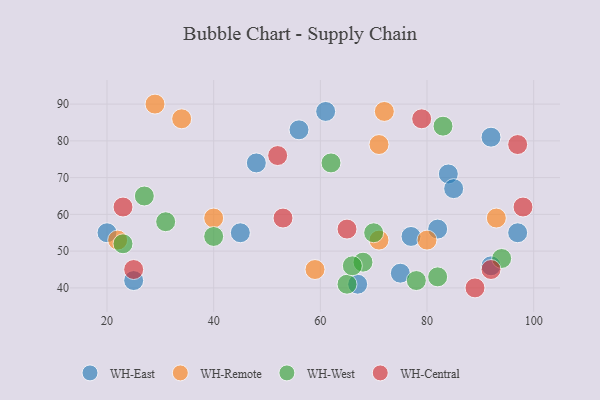
{"axis": {"x": "GDP", "y": "Life Expectancy"}, "legend": ["WH-Central", "WH-East", "WH-Remote", "WH-West"], "data": [{"x": "92", "y": 81, "type": "WH-East"}, {"x": "97", "y": 55, "type": "WH-East"}, {"x": "61", "y": 88, "type": "WH-East"}, {"x": "20", "y": 55, "type": "WH-East"}, {"x": "82", "y": 56, "type": "WH-East"}, {"x": "84", "y": 71, "type": "WH-East"}, {"x": "75", "y": 44, "type": "WH-East"}, {"x": "48", "y": 74, "type": "WH-East"}, {"x": "45", "y": 55, "type": "WH-East"}, {"x": "85", "y": 67, "type": "WH-East"}, {"x": "92", "y": 46, "type": "WH-East"}, {"x": "77", "y": 54, "type": "WH-East"}, {"x": "56", "y": 83, "type": "WH-East"}, {"x": "67", "y": 41, "type": "WH-East"}, {"x": "25", "y": 42, "type": "WH-East"}, {"x": "34", "y": 86, "type": "WH-Remote"}, {"x": "71", "y": 53, "type": "WH-Remote"}, {"x": "40", "y": 59, "type": "WH-Remote"}, {"x": "72", "y": 88, "type": "WH-Remote"}, {"x": "29", "y": 90, "type": "WH-Remote"}, {"x": "80", "y": 53, "type": "WH-Remote"}, {"x": "22", "y": 53, "type": "WH-Remote"}, {"x": "59", "y": 45, "type": "WH-Remote"}, {"x": "93", "y": 59, "type": "WH-Remote"}, {"x": "71", "y": 79, "type": "WH-Remote"}, {"x": "65", "y": 41, "type": "WH-West"}, {"x": "94", "y": 48, "type": "WH-West"}, {"x": "27", "y": 65, "type": "WH-West"}, {"x": "70", "y": 55, "type": "WH-West"}, {"x": "62", "y": 74, "type": "WH-West"}, {"x": "40", "y": 54, "type": "WH-West"}, {"x": "68", "y": 47, "type": "WH-West"}, {"x": "78", "y": 42, "type": "WH-West"}, {"x": "31", "y": 58, "type": "WH-West"}, {"x": "66", "y": 46, "type": "WH-West"}, {"x": "23", "y": 52, "type": "WH-West"}, {"x": "83", "y": 84, "type": "WH-West"}, {"x": "82", "y": 43, "type": "WH-West"}, {"x": "23", "y": 62, "type": "WH-Central"}, {"x": "98", "y": 62, "type": "WH-Central"}, {"x": "25", "y": 45, "type": "WH-Central"}, {"x": "65", "y": 56, "type": "WH-Central"}, {"x": "92", "y": 45, "type": "WH-Central"}, {"x": "53", "y": 59, "type": "WH-Central"}, {"x": "97", "y": 79, "type": "WH-Central"}, {"x": "79", "y": 86, "type": "WH-Central"}, {"x": "52", "y": 76, "type": "WH-Central"}, {"x": "89", "y": 40, "type": "WH-Central"}]}